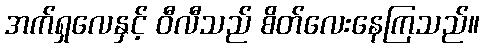
အက်ရှလေနှင့် ဝီလီသည် စိတ်လေးနေကြသည်။